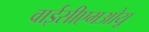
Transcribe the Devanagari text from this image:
वाईसीएमओयू